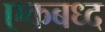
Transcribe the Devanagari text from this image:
एकबध्द